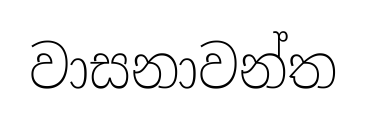
වාසනාවන්ත